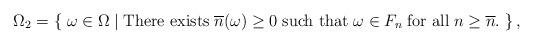
LaTeX: \begin{align*} \Omega_2=\left\{\;\omega\in\Omega\;|\;\textrm{There exists}\;\overline{n}(\omega)\geq 0\;\textrm{such that}\;\omega\in F_n\;\textrm{for all}\;n\geq\overline{n}.\;\right\},\end{align*}